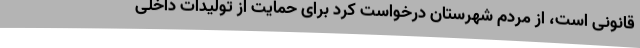
قانونی است، از مردم شهرستان درخواست کرد برای حمایت از تولیدات داخلی